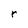
Character: r